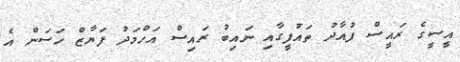
އީސީގެ ރައީސް ފުއާދު ތައުފީގާއި ނައިބު ރައިސް އަހްމަދު ފަޔާޒް ހަސަން އެ